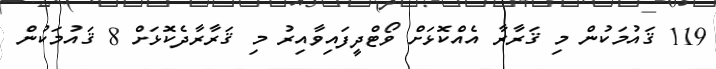
119 ޤައުމަކުން މި ޤަރާރާ އެއްކޮޅަށް ވޯޓްދީފައިވާއިރު މި ޤަރާރާދެކޮޅަށް 8 ޤައުމަކުން